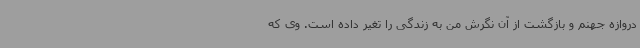
دروازه جهنم و بازگشت از آن نگرش من به زندگی را تغیر داده است. وی که